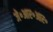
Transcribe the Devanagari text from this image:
जे॰आर॰आर॰